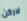
لاركن